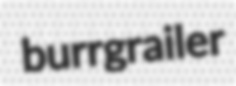
burrgrailer